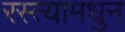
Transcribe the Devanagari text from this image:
रस्त्यामधुन